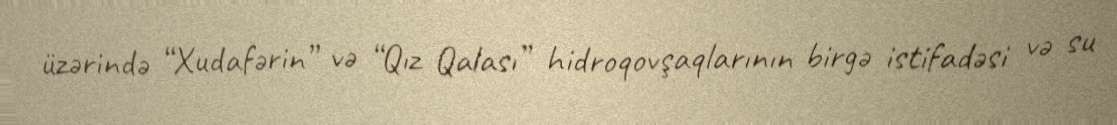
üzərində “Xudafərin” və “Qız Qalası” hidroqovşaqlarının birgə istifadəsi və su